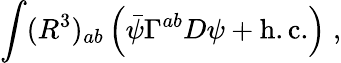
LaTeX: \int(R^{3})_{ab}\left(\bar{\psi}\Gamma^{ab}D\psi+\mathrm{h.c.}\right)\; ,